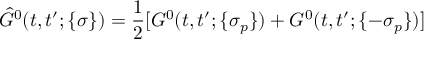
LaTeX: \hat { G } ^ { 0 } ( t , t ^ { \prime } ; \{ \sigma \} ) = \frac { 1 } { 2 } [ G ^ { 0 } ( t , t ^ { \prime } ; \{ \sigma _ { p } \} ) + G ^ { 0 } ( t , t ^ { \prime } ; \{ - \sigma _ { p } \} ) ]